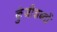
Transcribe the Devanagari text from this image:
कुंजीशब्दों